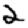
Digit: 2